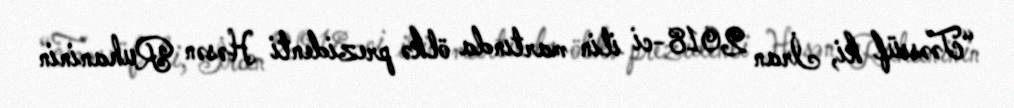
“Təəssüf ki, İran 2018-ci ilin martında ölkə prezidenti Həsən Ruhaninin